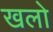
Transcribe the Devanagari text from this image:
खलो